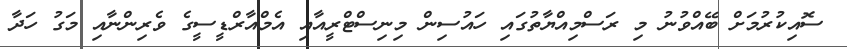
ސޮއިކުރުމަށް ބޭއްވުނު މި ރަސްމިއްޔާތުގައި ހައުސިން މިނިސްޓްރީއާއި އެމްއާރްޑީސީގެ ވެރިންނާއި މަގު ހަދާ